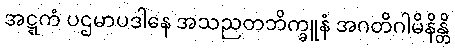
အဋ္ဋကံ ပဌမာပဒါနေ အသညတဘိက္ခူနံ အဂတိဂါမိနိန္တိ